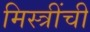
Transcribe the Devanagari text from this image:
मिस्त्रींची